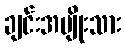
ချင်းအမျိုးသား